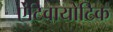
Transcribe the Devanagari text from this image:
ऐंटिवायोटिक